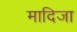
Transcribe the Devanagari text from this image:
मादिजा